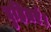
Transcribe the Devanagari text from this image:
दुहितरं।